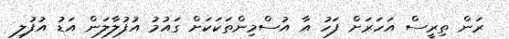
ރަން ތިރީސް އަހަރަށް ފަހު އާ އުސްމިންތަކަކަށް ގައުމު އުފުލާލަން އަޑު އުފުލި